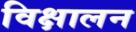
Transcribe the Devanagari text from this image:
विक्षालन